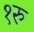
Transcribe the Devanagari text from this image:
१रु